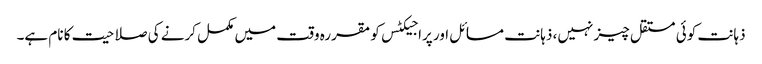
ذہانت کوئی مستقل چیز نہیں، ذہانت مسائل اور پراجیکٹس کو مقررہ وقت میں مکمل کرنے کی صلاحیت کا نام ہے۔